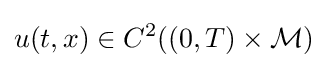
u(t,x)\in C^{2}((0,T)\times {\mathcal {M}})